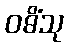
ဝဓိံသု